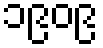
၁၉၀၉